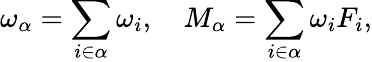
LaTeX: \omega_{\alpha}=\sum_{i\in\alpha}\omega_{i},\quad M_{\alpha}=\sum_{i\in\alpha}\omega_{i}F_{i},